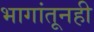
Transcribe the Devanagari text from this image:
भागांतूनही